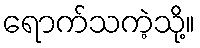
ရောက်သကဲ့သို့။